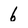
Character: 6